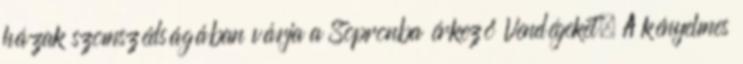
házak szomszédságában várja a Sopronba érkező Vendégeket. A kényelmes